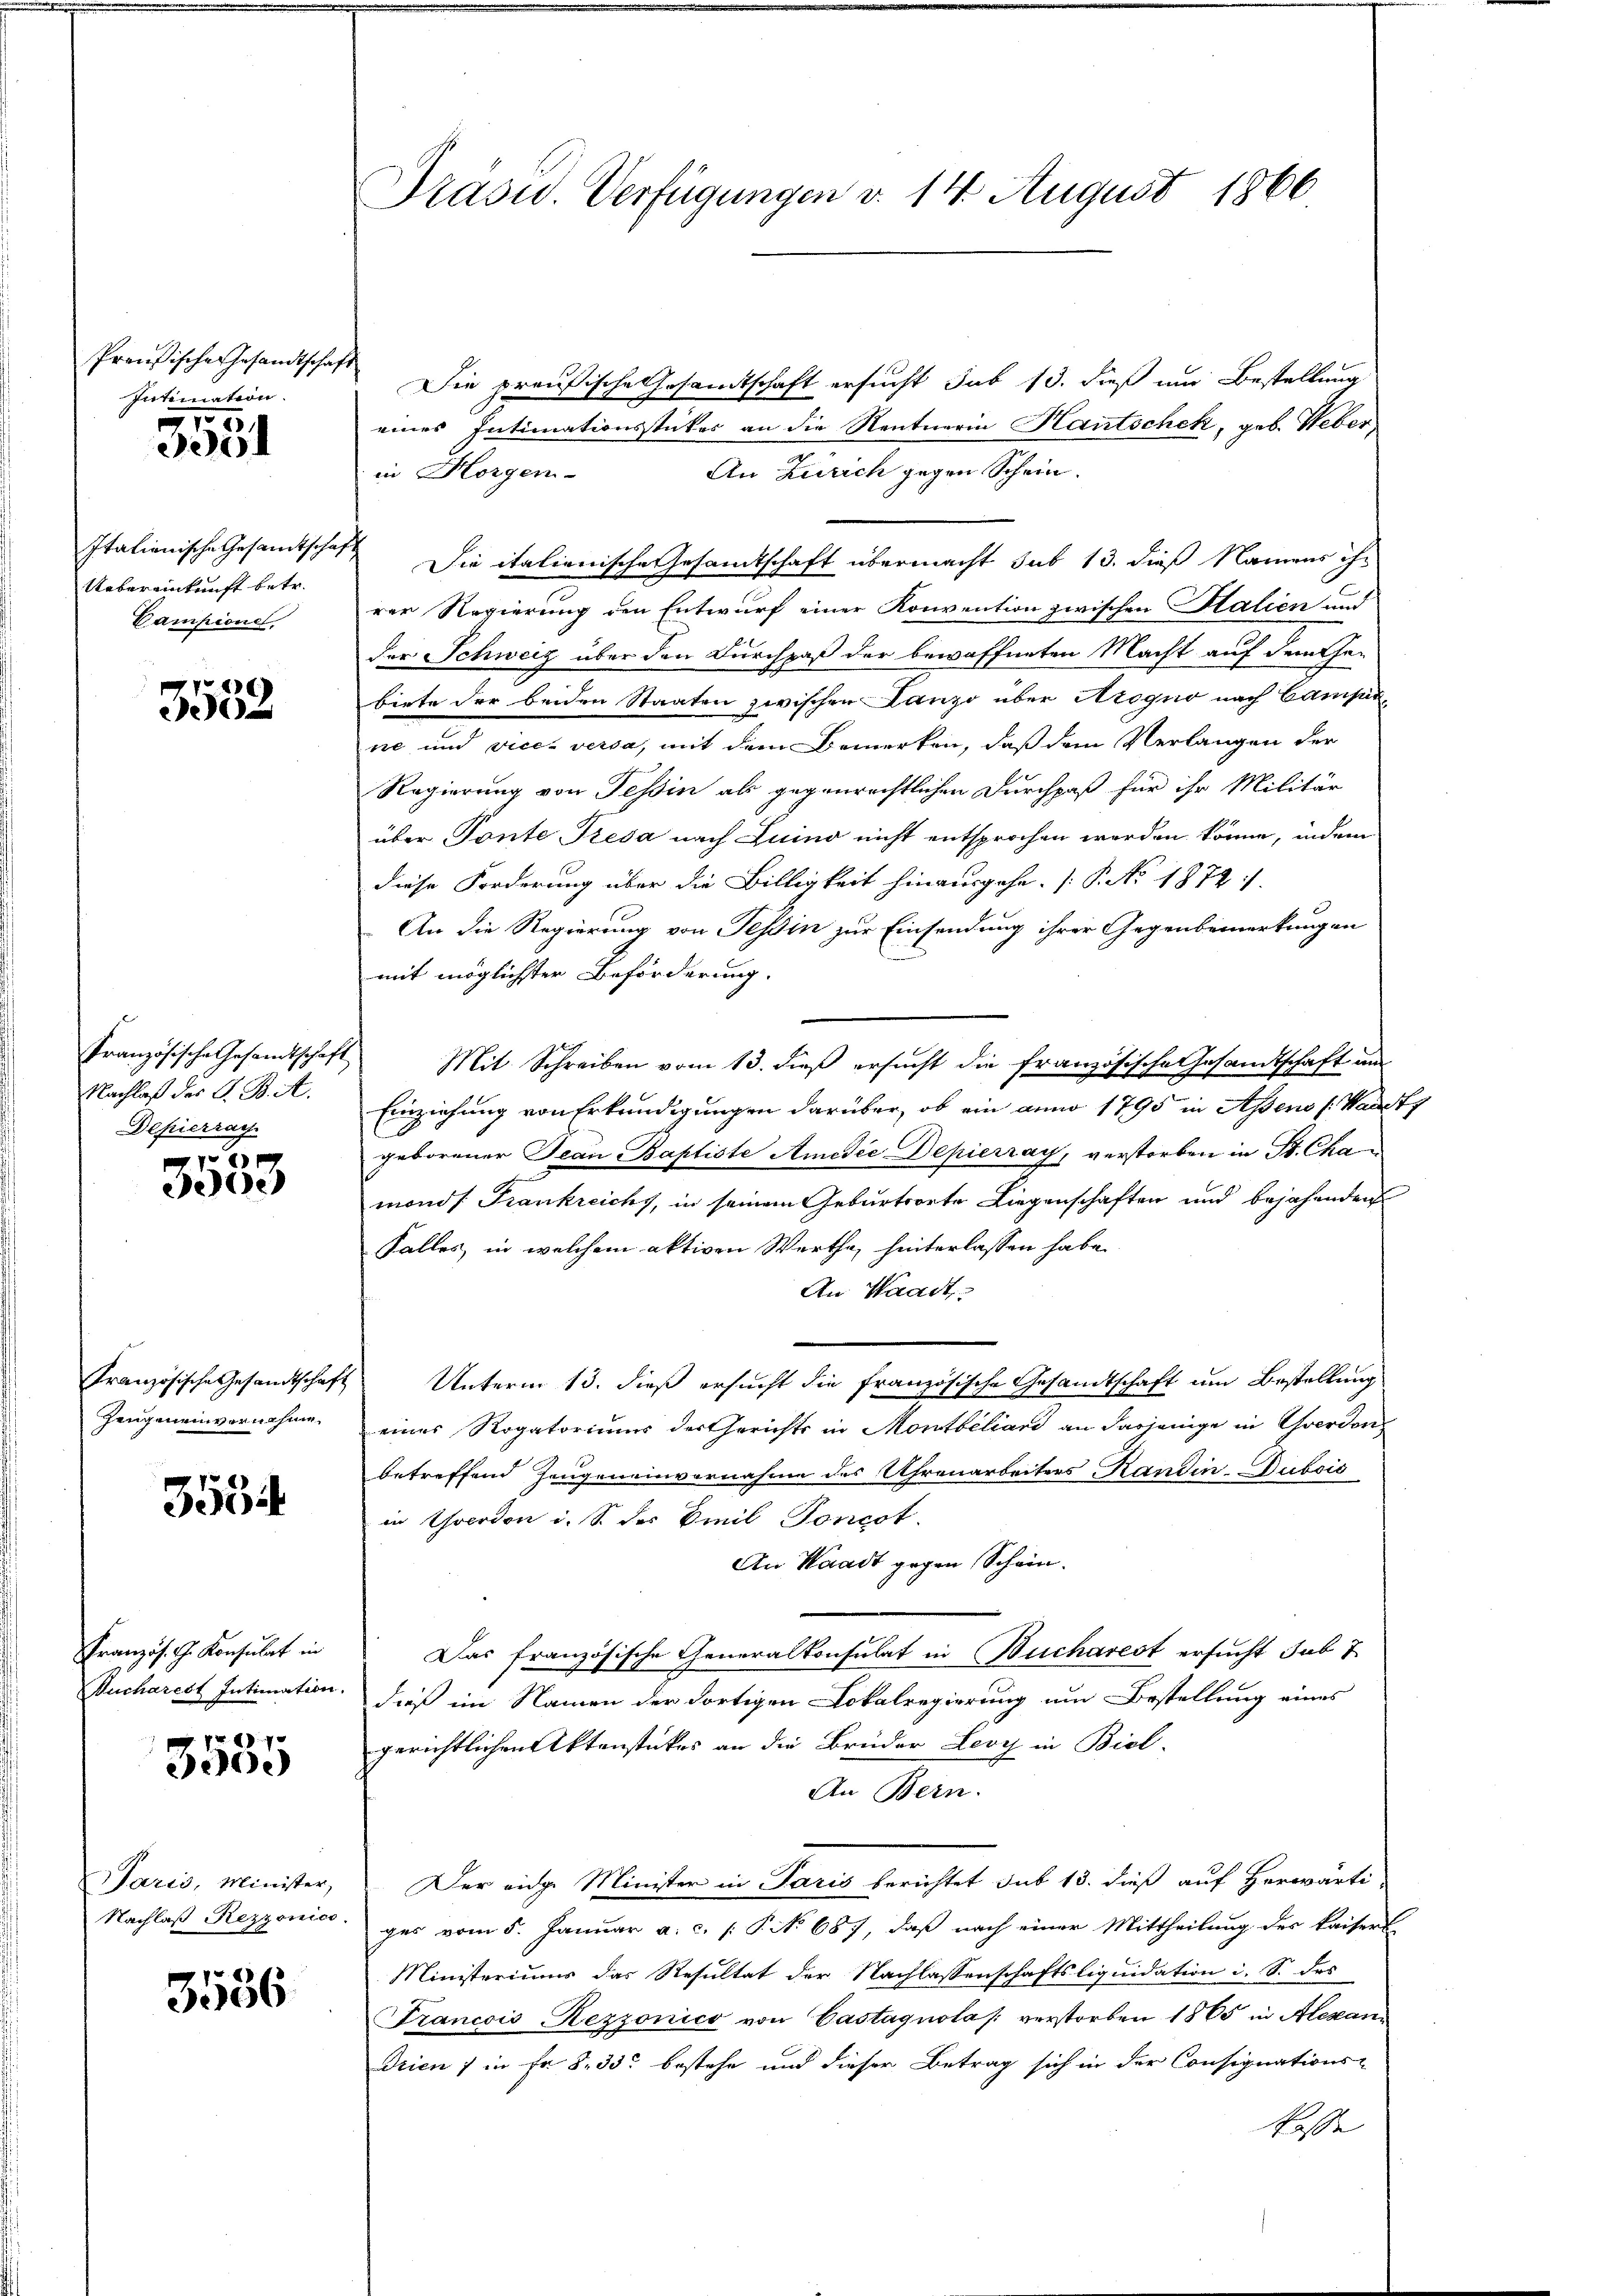
Preußische Gesandtschaft
Intimation.

3581

Italienische Gesandtschaf
Uebereinkunft betr.
Campione

)
e

Nachlaß des G. B. A.
Depierrach

e)

Zeugeneinvernehme

3534

Französ. G. Konsulat in
Bucharest Intimation.

Fr. 1870
30.)

Paris, Minister,
Nachlaß Rezzonico.

3536

Präsid. Verfügungen d. 14. August 1866

Die preußische Gesandtschaft ersucht sub 13. dieß um Bestellung
eines Intimationsstückes an die Rentnerin Hantschek, geb. Weber
An Zürich gegen Schein.
in Horgen-
Die italienische Gesamtschaft übermacht sub 13. dieß Namens ihr
rer Regierung den Entwurf einer Konvention zwischen Stalien und
der Schweiz über den Durchpaß der bewaffneten Macht auf dem Ge-
biete der beiden Staaten zwischen Lanzo über Arogno nach Camparne und vices versa, mit dem Bemerken, daß dem Verlangen der
Regierung von Tessin als gegenrechtlichen Durchpaß für ihr Militär
über Tonte Tresa nach Luino nicht entsprochen worden könne, indem
diese Forderung über die Billigkeit hinausgehe. (T. No 1872:
An die Regierung von Tessin zur Einsendung ihrer Gegenbemerkungen
mit möglichster Beförderung.
Französische Gesandtschaft Mit Schreiben vom 13. dieß ersucht die französische Gesandtschaft um
Einziehung von Erkundigungen darüber, ob ein anno 1795 in Assens (Waadt
geborener Jean Baptiste AmedićDepierray, verstorben in St. Chamonds. Frankreichs, in seinem Geburtsorte Liegenschaften und bejahenden
Falles, in welchem aktiven Wertha, hinterlassen habe.
An Waadt.
Französische Gesandtschaft Unterm 13. dieß ersucht die französische Gesandtschaft um Bestellung
eines Rogatoriums der Gerichts in Montbiliard an dasjenige in Yverdon
betreffend Zeugeneinvernahme des Uhrenarbeiters Kandin-Dubsis
in Yverdon i. S. des Emil Toncot.
An Waadt gegen Schein.
Das französische Generalkonsulat in Bucharest ersucht sub 7
dieß im Namen der dortigen Lokalregierung um Bestellung eines
gerichtlichen Aktenstückes an die Brüder Levy in Biel-
An Stern.
Der eidge Minister in Paris berichtet das 13. dieß auf Herwärti
ges vom 5. Januar a. c. (: P. No 687, daß nach einer Mittheilung des Kaisers
Ministeriums das Resultat der Nachlassenschaftsliquidation i. S. des
Trancois, Rezzonico von Castagnola verstorben 1865 in Alexan¬
Drien ) in Fr. 8. 33 bestehe und dieser Betrag sich in der Consignations-
Kasse